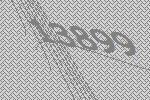
13899